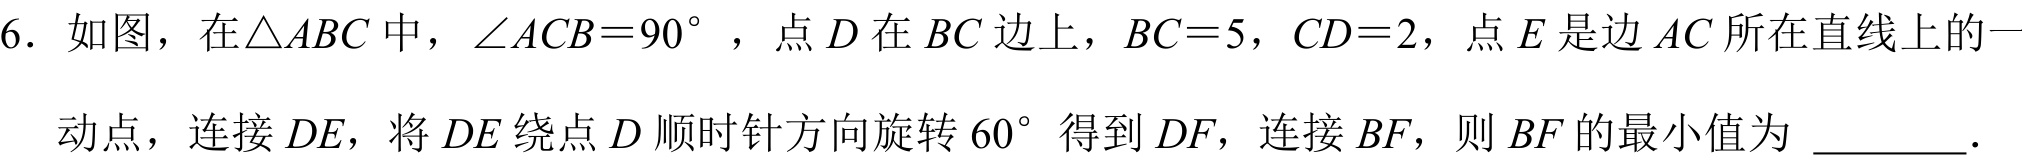
6. 如图，在\(\triangle ABC\)中，\(\angle ACB = 90^{\circ}\)，点\(D\)在\(BC\)边上，\(BC = 5\)，\(CD = 2\)，点\(E\)是边\(AC\)所在直线上的一
动点，连接\(DE\)，将\(DE\)绕点\(D\)顺时针方向旋转\(60^{\circ}\)得到\(DF\)，连接\(BF\)，则\(BF\)的最小值为 ________．